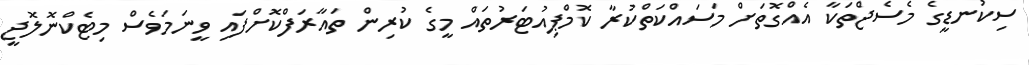
ސިކުނޑީގެ މެސެޖްތަކާ އެއްގޮތަށް މަސައްކަތްކުރާ ކޮމްޕިއުޓަރުތައް މީގެ ކުރިން ތައާރަފްކޮށްފައި ވީނަމަވެސް މިޓެކްނޮލޮޖީ